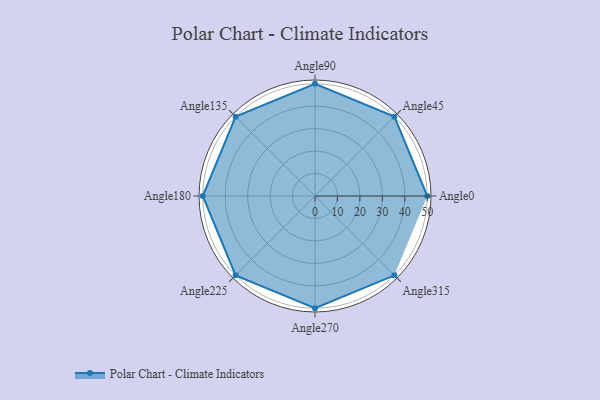
{"axis": {"x": "Angle", "y": "Radius"}, "legend": [""], "data": [{"x": "Angle0", "y": 50, "type": ""}, {"x": "Angle45", "y": 50.0, "type": ""}, {"x": "Angle90", "y": 50, "type": ""}, {"x": "Angle135", "y": 50, "type": ""}, {"x": "Angle180", "y": 50, "type": ""}, {"x": "Angle225", "y": 50.0, "type": ""}, {"x": "Angle270", "y": 50, "type": ""}, {"x": "Angle315", "y": 50, "type": ""}]}